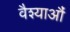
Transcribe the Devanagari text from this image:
वैश्याऔं